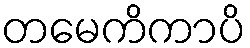
တမေကိကာပိ